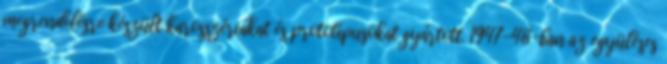
megrendelésre készült karosszériákat és prototípusokat gyártott. 1947-48-ban az együléses